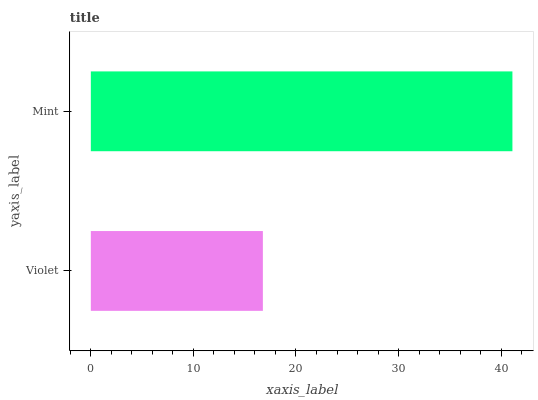
| yaxis_label | bars |
 | --- | --- |
 | Violet | 16.8 |
 | Mint | 41.1 |